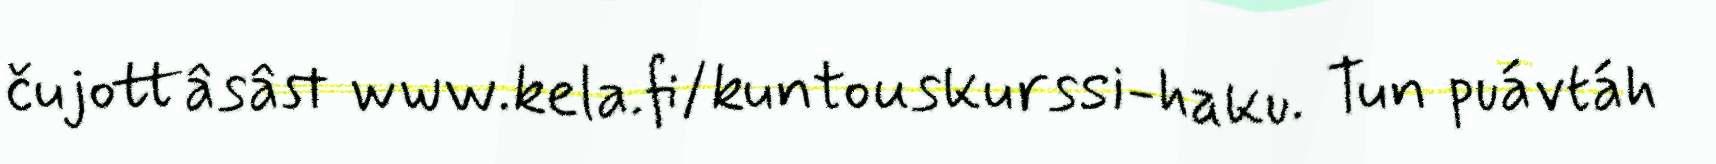
čujottâsâst www.kela.fi/kuntouskurssi-haku. Tun puávtáh